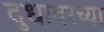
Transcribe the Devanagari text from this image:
दुधावरच्या